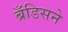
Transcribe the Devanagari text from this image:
ब्रँडिसने